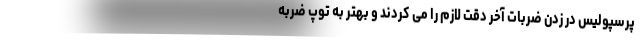
پرسپولیس در زدن ضربات آخر دقت لازم را می ‌کردند و بهتر به توپ ضربه